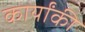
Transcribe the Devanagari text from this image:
कार्योंकी